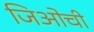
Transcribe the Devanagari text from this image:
जिओची